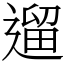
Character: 遛